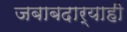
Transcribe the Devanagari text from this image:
जबाबदार्‍याही